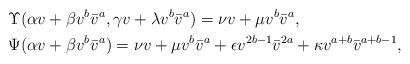
LaTeX: \begin{align*}& \Upsilon(\alpha v+\beta v^b\bar{v}^a, \gamma v+\lambda v^b\bar{v}^a)= \nu v+\mu v^b\bar{v}^a , \\& \Psi(\alpha v+\beta v^b\bar{v}^a)=\nu v+\mu v^b\bar{v}^a + \epsilon v^{2b-1}\bar{v}^{2a} + \kappa v^{a+b}\bar{v}^{a+b-1} , \end{align*}